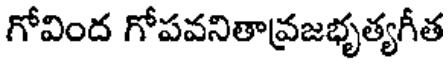
గోవింద గోపవనితావ్రజభృత్యగీత